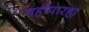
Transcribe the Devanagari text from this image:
नहींपारहा